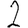
Digit: 2